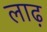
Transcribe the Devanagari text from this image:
लाढ़